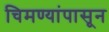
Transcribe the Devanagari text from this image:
चिमण्यांपासून